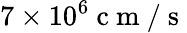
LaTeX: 7\times 10^{6}\mathrm{~c~m~/~s~}